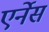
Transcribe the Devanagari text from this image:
एर्नेस